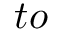
t o